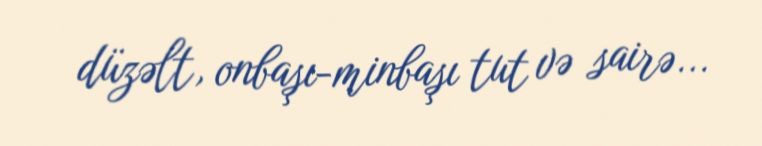
düzəlt, onbaşı-minbaşı tut və sairə...